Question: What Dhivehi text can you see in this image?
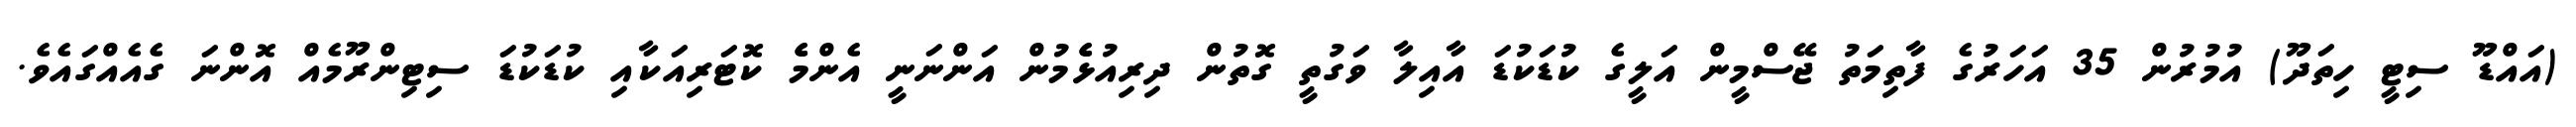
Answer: (އައްޑޫ ސިޓީ ހިތަދޫ) އުމުރުން 35 އަހަރުގެ ފާތިމަތު ޖޭސްމީން އަލީގެ ކުޑަކުޑަ އާއިލާ ވަގުތީ ގޮތުން ދިރިއުޅެެމުން އަންނަނީ އެންމެެ ކޮޓަރިއަކާއި ކުޑަކުޑަ ސިޓިންރޫމެއް އޮންނަ ގެއެއްގައެވެ.